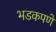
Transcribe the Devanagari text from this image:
भडकपणे